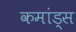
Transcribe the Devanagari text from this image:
कमांड्‌स